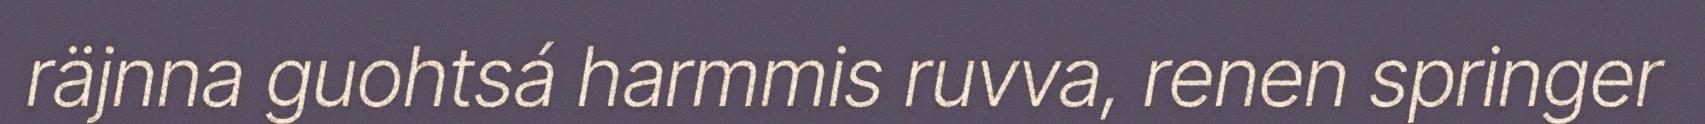
räjnna guohtsá harmmis ruvva, renen springer